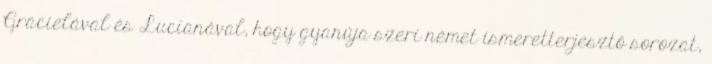
Gracielával és Lucianával, hogy gyanúja szeri német ismeretterjesztő sorozat,